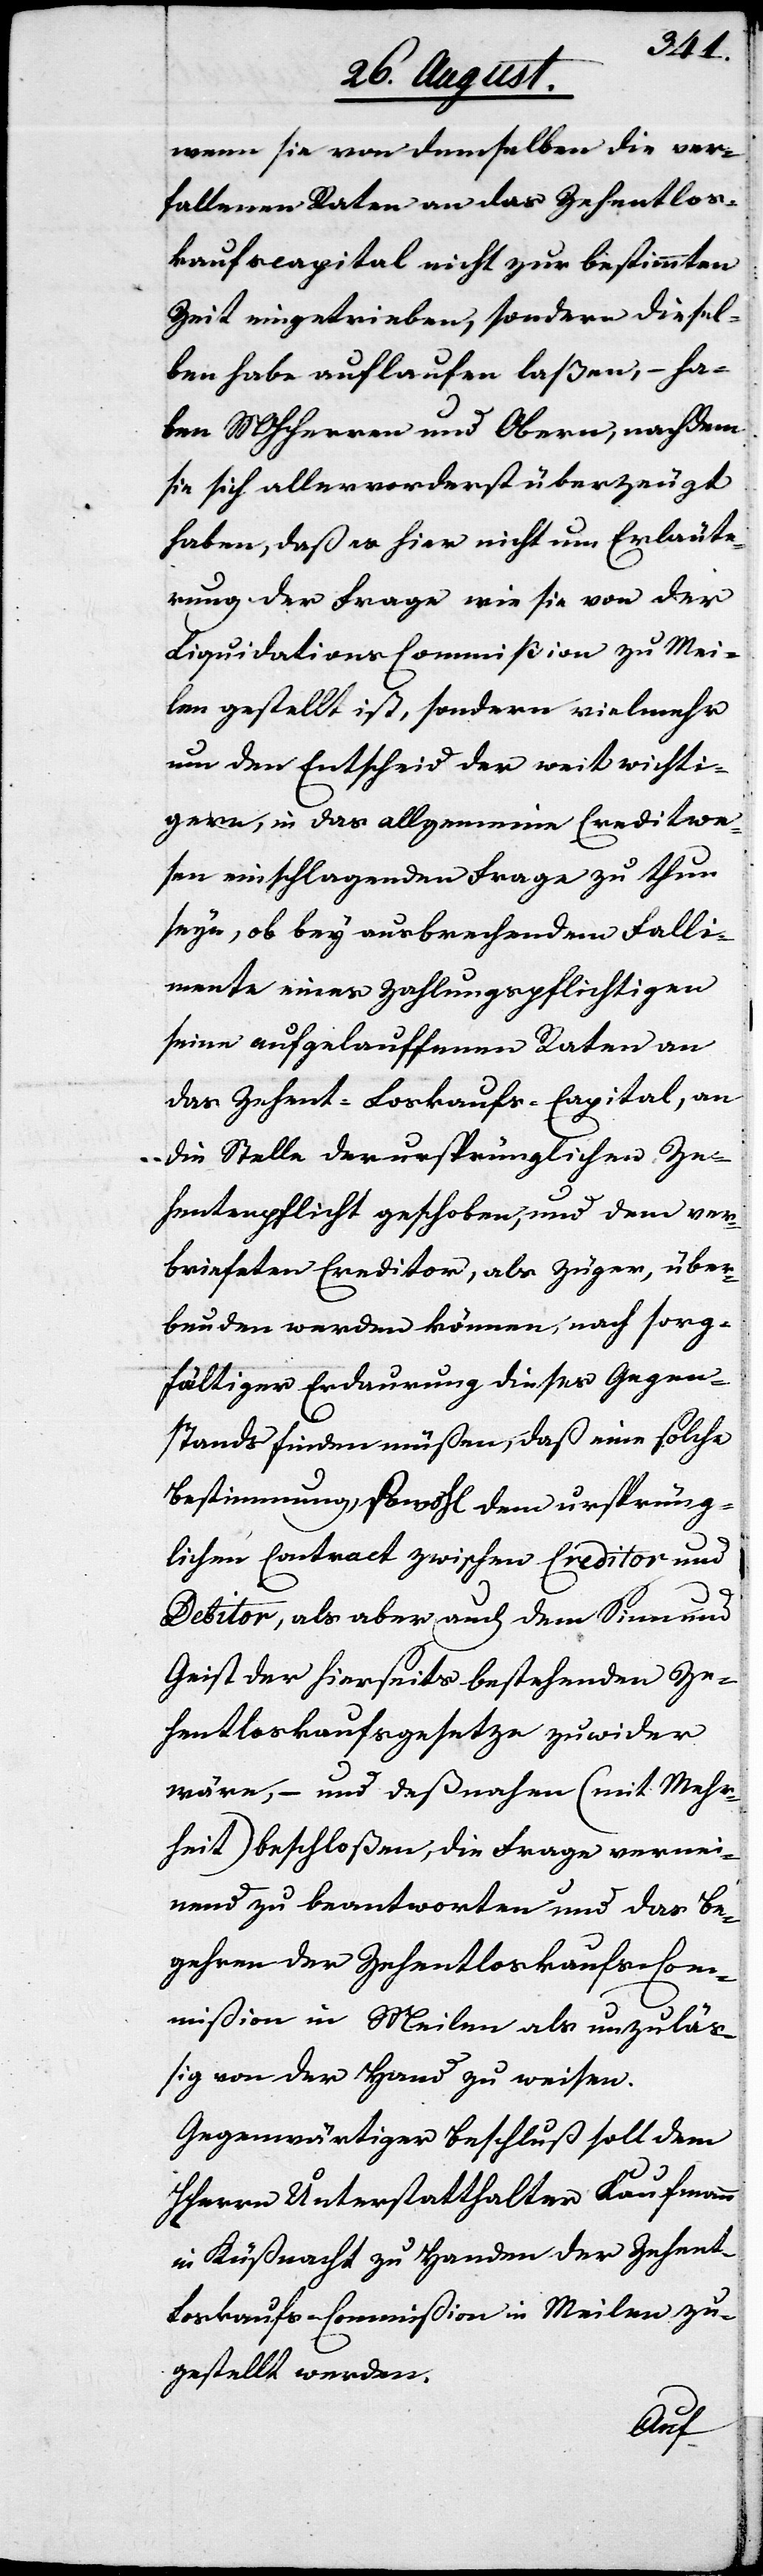
wenn sie von demselben die ver¬
fallenen Raten an das Zehentlos¬
kaufscapital nicht zur bestimmten
Zeit eingetrieben, sondern diesel¬
ben habe auflaufen laßen, – ha¬
ben MHHerren und Obern, nachdem
sie sich allervorderst überzeugt
haben, daß es hier nicht um Erläute¬
rung der Frage wie sie von der
Liquidations-Commißion zu Mei¬
len gestellt ist, sondern vielmehr
um den Entscheid der weit wichti¬
gern, in das allgemeine Creditwe¬
sen einschlagenden Frage zu thun
sey, ob bey ausbrechendem Falli¬
mente eines Zahlungspflichtigen
seine aufgelauffenen Raten an
das Zehent-Loskaufs-Capital, an
die Stelle der ursprünglichen Ze¬
hentenpflicht geschoben, und dem ver¬
briefeten Creditor, als Züger, über¬
bunden werden können, nach sorg¬
fältiger Erdaurung dieses Gegen¬
stands finden müßen, daß eine solche
Bestimmung, sowohl dem ursprüng¬
lichen Contract zwischen Creditor und
Debitor, als aber auch dem Sinn und
Geist der hierseits bestehenden Ze¬
hentloskaufsgesetze zuwider
wäre, – und deßnahen (mit Mehr¬
heit) beschloßen, die Frage vernei¬
nend zu beantworten und das Be¬
gehren der Zehentloskaufs-Com¬
mißion in Meilen als unzulä¬
ßig von der Hand zu weisen.
Gegenwärtiger Beschluß soll dem
HHerrn Unterstatthalter Kaufmann
in Küßnacht zu Handen der Zehent¬
loskaufs-Commißion in Meilen zu¬
gestellt werden.